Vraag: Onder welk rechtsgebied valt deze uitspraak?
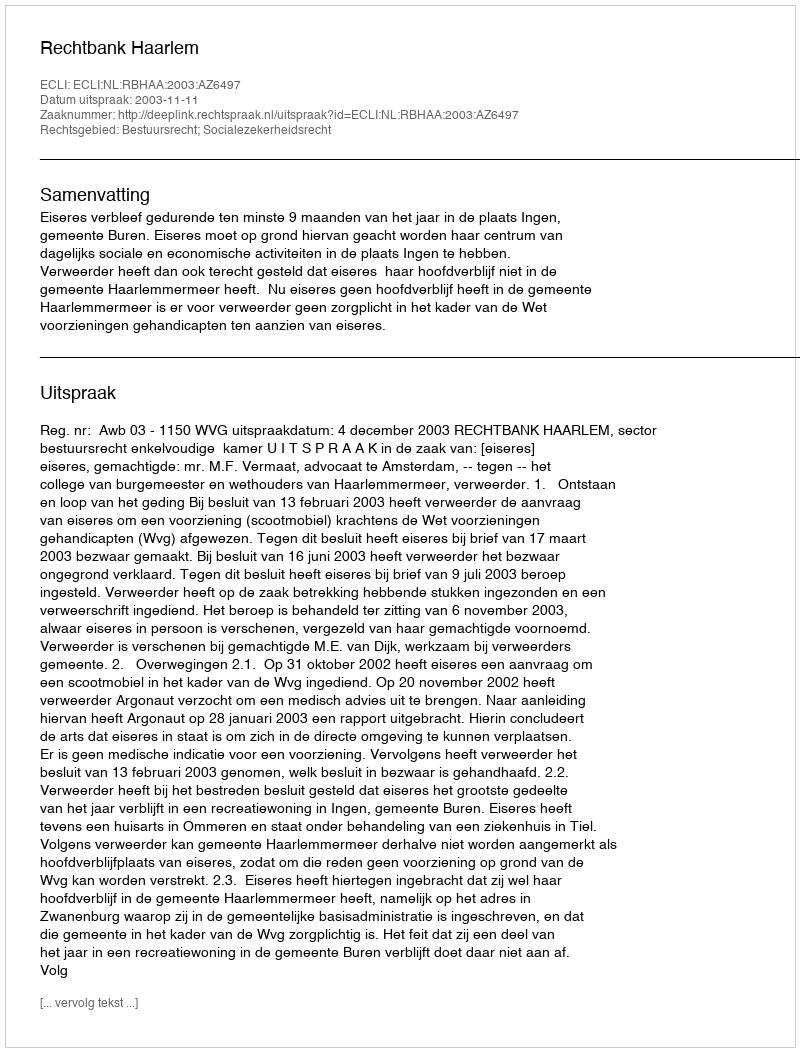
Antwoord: Bestuursrecht; Socialezekerheidsrecht